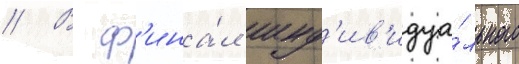
// В ф'ина́л инд'ив'идуа́льного